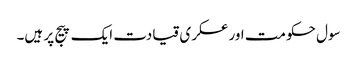
سول حکومت اور عسکری قیادت ایک پیج پر ہیں۔